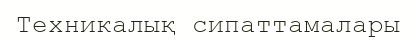
Техникалық сипаттамалары